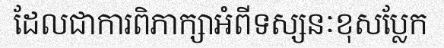
ដែលជាការពិភាក្សាអំពីទស្សនៈខុសប្លែក